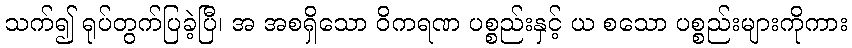
သက်၍ ရုပ်တွက်ပြခဲ့ပြီ၊ အ အစရှိသော ဝိကရဏ ပစ္စည်းနှင့် ယ စသော ပစ္စည်းများကိုကား